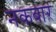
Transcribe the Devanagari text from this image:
नकबार